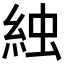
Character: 𬗌